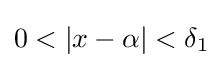
0<|x-\alpha |<\delta _{1}